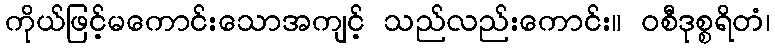
ကိုယ်ဖြင့်မကောင်းသောအကျင့် သည်လည်းကောင်း။ ဝစီဒုစ္စရိတံ၊